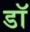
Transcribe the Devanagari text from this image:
डॉ